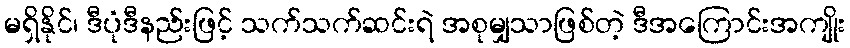
မရှိနိုင်၊ ဒီပုံဒီနည်းဖြင့် သက်သက်ဆင်းရဲ အစုမျှသာဖြစ်တဲ့ ဒီအကြောင်းအကျိုး